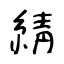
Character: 綪